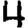
Digit: 4